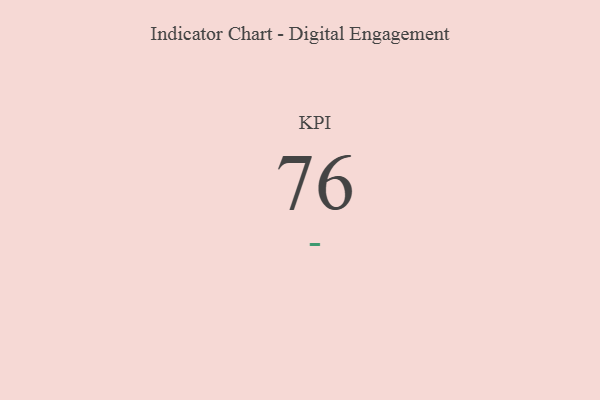
{"axis": {"x": "KPI", "y": "Value"}, "legend": [""], "data": [{"x": "KPI", "y": 76, "type": ""}]}